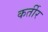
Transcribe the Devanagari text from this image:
कर्तीर